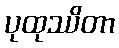
ပုထုဿိတာ